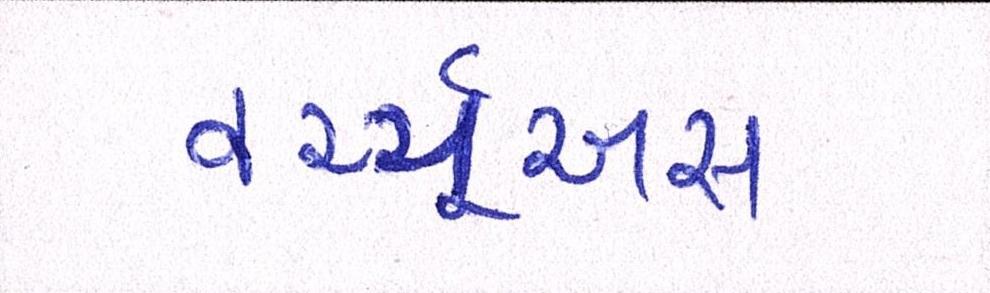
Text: વર્ચ્યૂઅસ